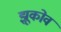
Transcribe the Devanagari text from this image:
झूकोव